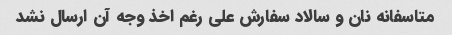
متاسفانه نان و سالاد سفارش علی رغم اخذ وجه آن ارسال نشد